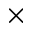
\times